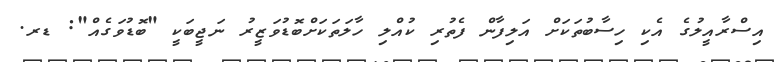
އިސްރާއީލުގެ އެކި ހިސާބުތަކަށް އަލިފާން ފެތުރި ކުއްލި ހާލަތަކަށްބޮޑުވަޒީރު ނަޖީބަކީ "ބޮޑުވަގެއް": ޑރ.